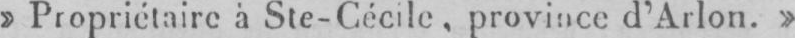
» Propriétaire à Ste-Cécile, province d’Arlon. »